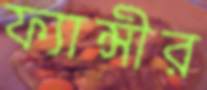
ফ্যান্সীর